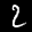
Label: 2